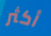
أكثر